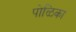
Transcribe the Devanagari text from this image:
पोळिका